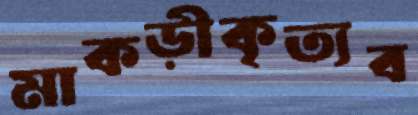
মাকড়ীকৃত্যব